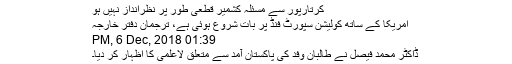
کرتارپور سے مسئلہ کشمیر قطعی طور پر نظرانداز نہیں ہو
امریکا کے ساتھ کولیشن سپورٹ فنڈ پر بات شروع ہوئی ہے، ترجمان دفتر خارجہ
01:39 PM, 6 Dec, 2018
ڈاکٹر محمد فیصل نے طالبان وفد کی پاکستان آمد سے متعلق لاعلمی کا اظہار کر دیا۔